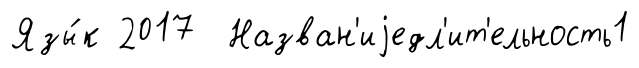
Язы́к 2017 Назван'иjедл'ит'ельность1